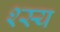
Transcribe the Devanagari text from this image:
श्स्य